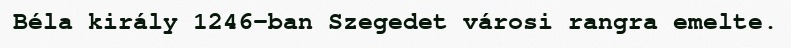
Béla király 1246-ban Szegedet városi rangra emelte.